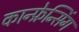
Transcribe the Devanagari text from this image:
कान्फ्रेन्सिंग